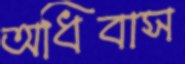
অধিবাস